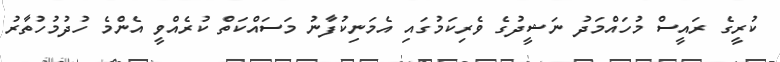
ކުރީގެ ރައީސް މުހައްމަދު ނަޝީދުގެ ވެރިކަމުގައި އެމަނިކުފާނު މަސައްކަތް ކުރެއްވީ އެންމެ ހުދުމުހުތާރު